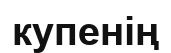
купенің